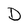
Character: D